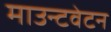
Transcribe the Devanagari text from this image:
माउन्टवेटन